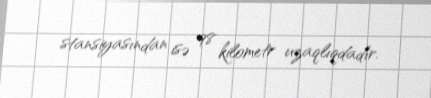
stansiyasından isə 98 kilometr uzaqlıqdadır.